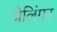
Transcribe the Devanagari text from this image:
प्रेलिंगर